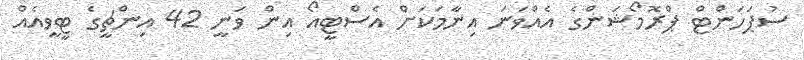
ސުޕަހަންޓް ޕްރޮމޯޝަންގެ އެއްވަނަ އިނާމަކަށް އެސްޓީއޯ އިން ވަނީ 42 އިންޗީގެ ޓީވީއެއް